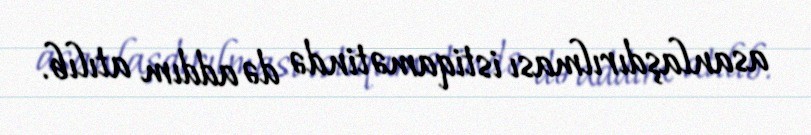
asanlaşdırılması istiqamətində də addım atılıb.